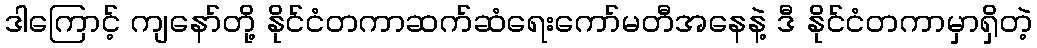
ဒါကြောင့် ကျနော်တို့ နိုင်ငံတကာဆက်ဆံရေးကော်မတီအနေနဲ့ ဒီ နိုင်ငံတကာမှာရှိတဲ့